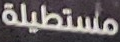
مستطيلة